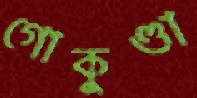
গোকুণ্ডা